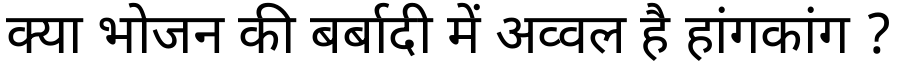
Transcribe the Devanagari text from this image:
क्या भोजन की बर्बादी में अव्वल है हांगकांग ?